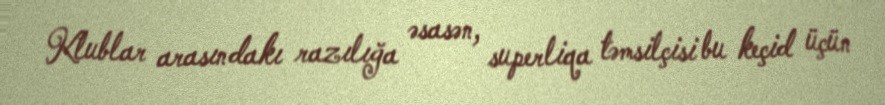
Klublar arasındakı razılığa əsasən, superliqa təmsilçisi bu keçid üçün